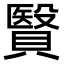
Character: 贀